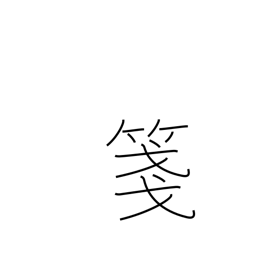
Meaning: composition